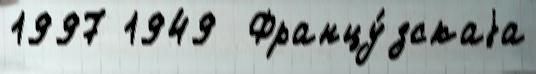
1997 1949  Францу́зскаjа